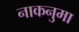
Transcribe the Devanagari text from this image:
नाकनुमा